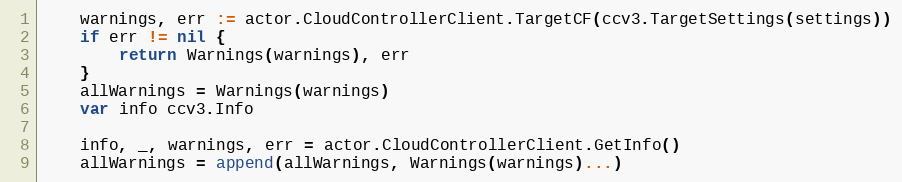
Language: Go
	warnings, err := actor.CloudControllerClient.TargetCF(ccv3.TargetSettings(settings))
	if err != nil {
		return Warnings(warnings), err
	}
	allWarnings = Warnings(warnings)
	var info ccv3.Info

	info, _, warnings, err = actor.CloudControllerClient.GetInfo()
	allWarnings = append(allWarnings, Warnings(warnings)...)